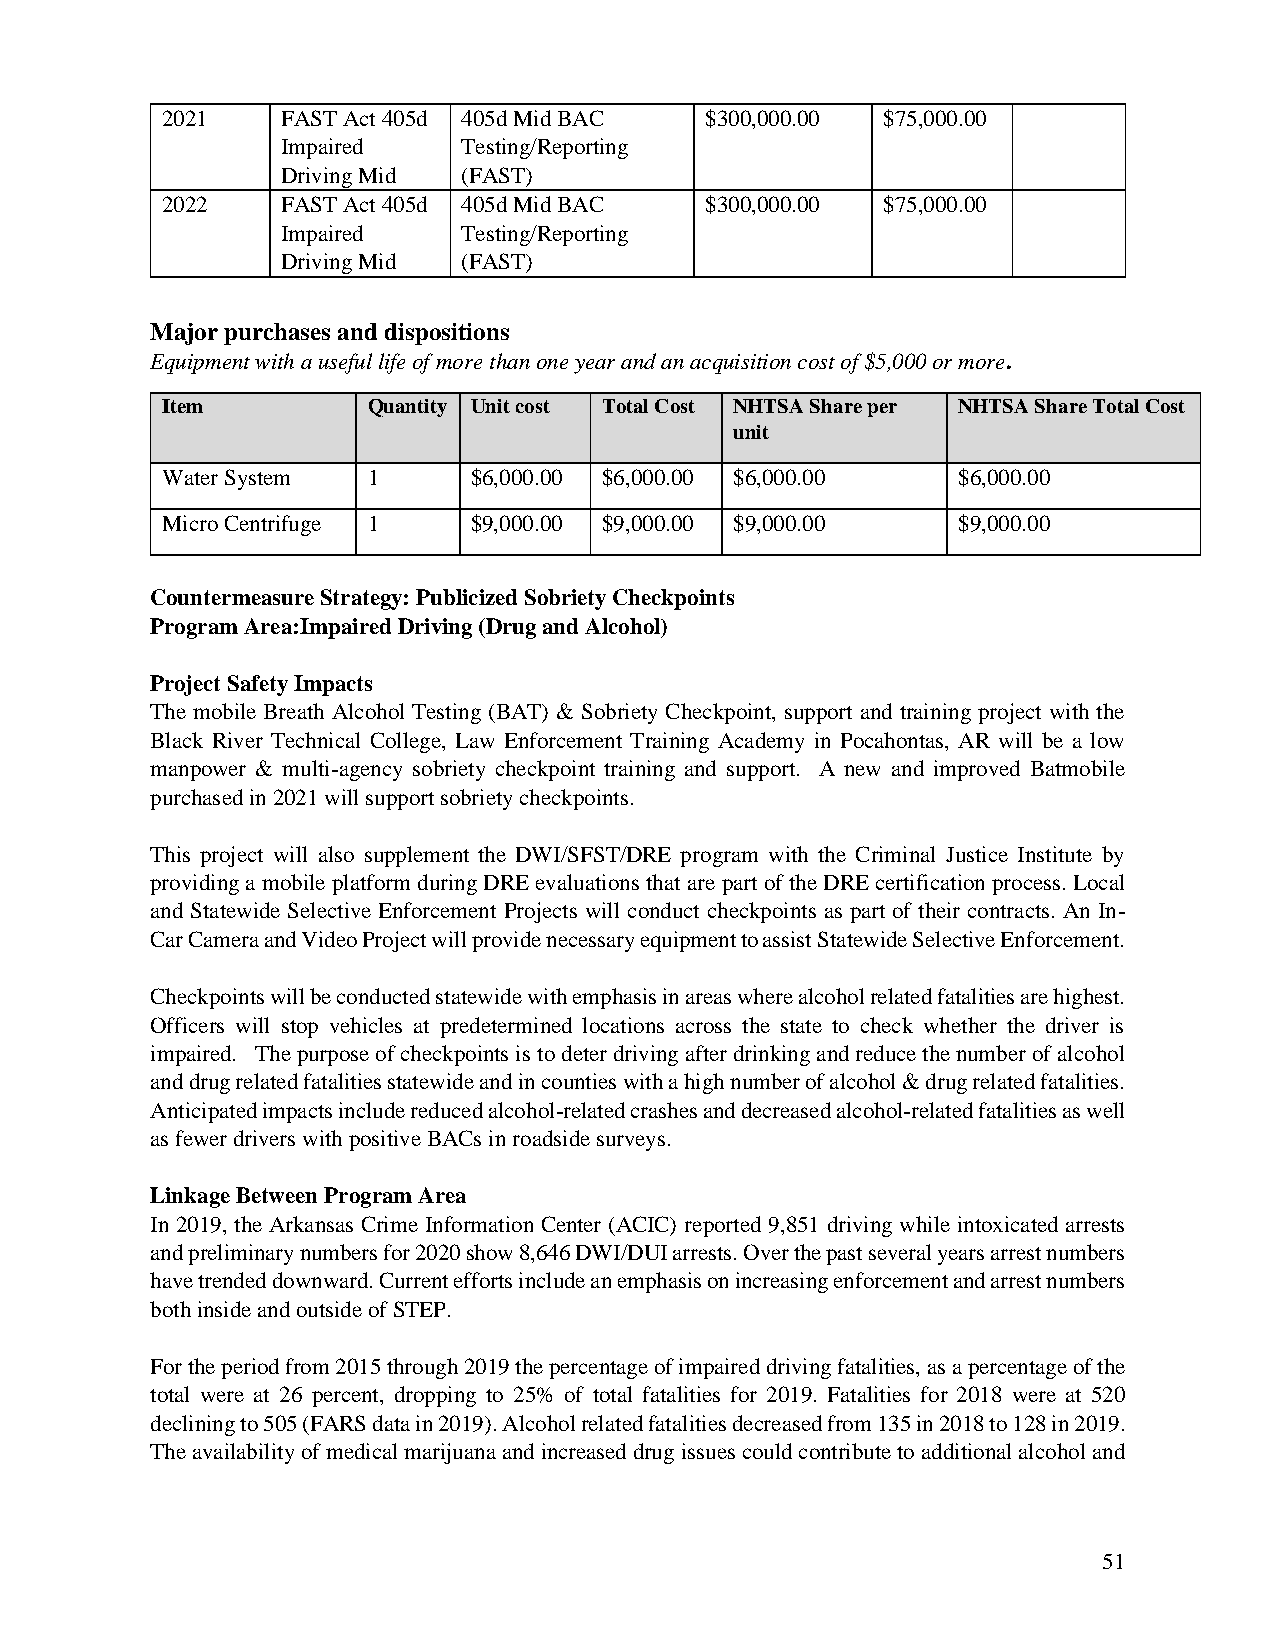
2021    FAST Act 405d 405d Mid BAC  $300,000.00 $75,000.00
 Impaired    Testing/Reporting
 Driving Mid (FAST)
 2022    FAST Act 405d 405d Mid BAC  $300,000.00 $75,000.00
 Impaired    Testing/Reporting
 Driving Mid (FAST)
 Major purchases and dispositions
 Equipment with a useful life of more than one year and an acquisition cost of $5,000 or more.
 Item         Quantity Unit cost Total Cost NHTSA Share per NHTSA Share Total Cost
 unit
 Water System 1      $6,000.00 $6,000.00 $6,000.00   $6,000.00
 Micro Centrifuge 1  $9,000.00 $9,000.00 $9,000.00   $9,000.00
 Countermeasure Strategy: Publicized Sobriety Checkpoints
 Program Area: Impaired Driving (Drug and Alcohol)
 Project Safety Impacts
 The mobile Breath Alcohol Testing (BAT) & Sobriety Checkpoint, support and training project with the
 Black River Technical College, Law Enforcement Training Academy in Pocahontas, AR will be a low
 manpower & multi-agency sobriety checkpoint training and support. A new and improved Batmobile
 purchased in 2021 will support sobriety checkpoints.
 This project will also supplement the DWI/SFST/DRE program with the Criminal Justice Institute by
 providing a mobile platform during DRE evaluations that are part of the DRE certification process. Local
 and Statewide Selective Enforcement Projects will conduct checkpoints as part of their contracts. An In-
 Car Camera and Video Project will provide necessary equipment to assist Statewide Selective Enforcement.
 Checkpoints will be conducted statewide with emphasis in areas where alcohol related fatalities are highest.
 Officers will stop vehicles at predetermined locations across the state to check whether the driver is
 impaired. The purpose of checkpoints is to deter driving after drinking and reduce the number of alcohol
 and drug related fatalities statewide and in counties with a high number of alcohol & drug related fatalities.
 Anticipated impacts include reduced alcohol-related crashes and decreased alcohol-related fatalities as well
 as fewer drivers with positive BACs in roadside surveys.
 Linkage Between Program Area
 In 2019, the Arkansas Crime Information Center (ACIC) reported 9,851 driving while intoxicated arrests
 and preliminary numbers for 2020 show 8,646 DWI/DUI arrests. Over the past several years arrest numbers
 have trended downward. Current efforts include an emphasis on increasing enforcement and arrest numbers
 both inside and outside of STEP.
 For the period from 2015 through 2019 the percentage of impaired driving fatalities, as a percentage of the
 total were at 26 percent, dropping to 25% of total fatalities for 2019. Fatalities for 2018 were at 520
 declining to 505 (FARS data in 2019). Alcohol related fatalities decreased from 135 in 2018 to 128 in 2019.
 The availability of medical marijuana and increased drug issues could contribute to additional alcohol and
 51